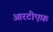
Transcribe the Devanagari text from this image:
आरटीएफ़